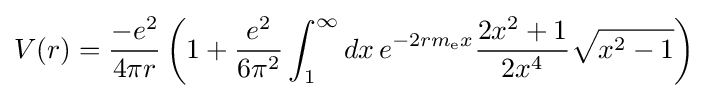
V(r)={\frac {-e^{2}}{4\pi r}}\left(1+{\frac {e^{2}}{6\pi ^{2}}}\int _{1}^{\infty }dx\,e^{-2rm_{\text{e}}x}{\frac {2x^{2}+1}{2x^{4}}}{\sqrt {x^{2}-1}}\right)